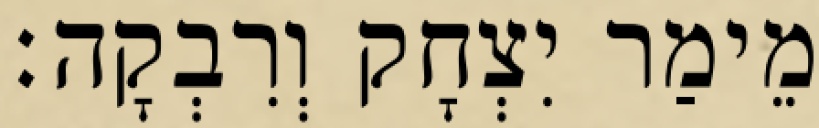
מֵימַר יִצְחָק וְרִבְקָה׃